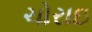
ચોરાઇ